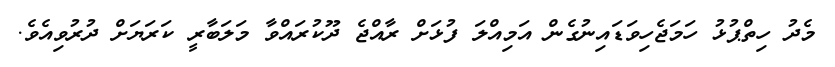
މެދު ހިތްޕުޅު ހަމަޖެހިވަޑައިނުގެން އަމިއްލަ ފުޅަށް ރާއްޖެ ދޫކުރައްވާ މަލަބާރީ ކަރަޔަށް ދުރުވިއެވެ.